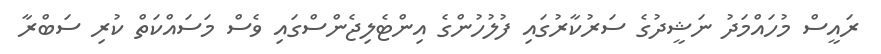
ރައީސް މުހައްމަދު ނަޝީދުގެ ސަރުކާރުގައި ފުލުހުންގެ އިންޓެލިޖެންސްގައި ވެސް މަސައްކަތް ކުރި ސަބްރާ